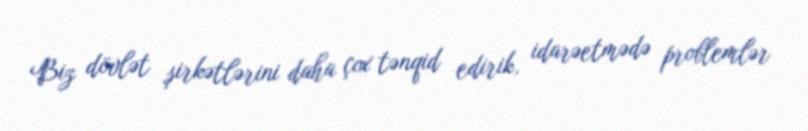
Biz dövlət şirkətlərini daha çox tənqid edirik, idarəetmədə problemlər